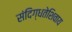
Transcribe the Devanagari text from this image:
संदिग्धतेशिवाय